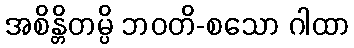
အစိန္တိတမ္ပိ ဘဝတိ-စသော ဂါထာ